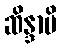
ဆိန္ဒာမိ